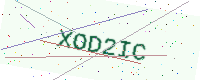
Text: XOD2IC